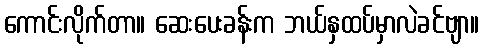
ကောင်းလိုက်တာ။ ဆေးပေးခန်းက ဘယ်နှထပ်မှာလဲခင်ဗျာ။